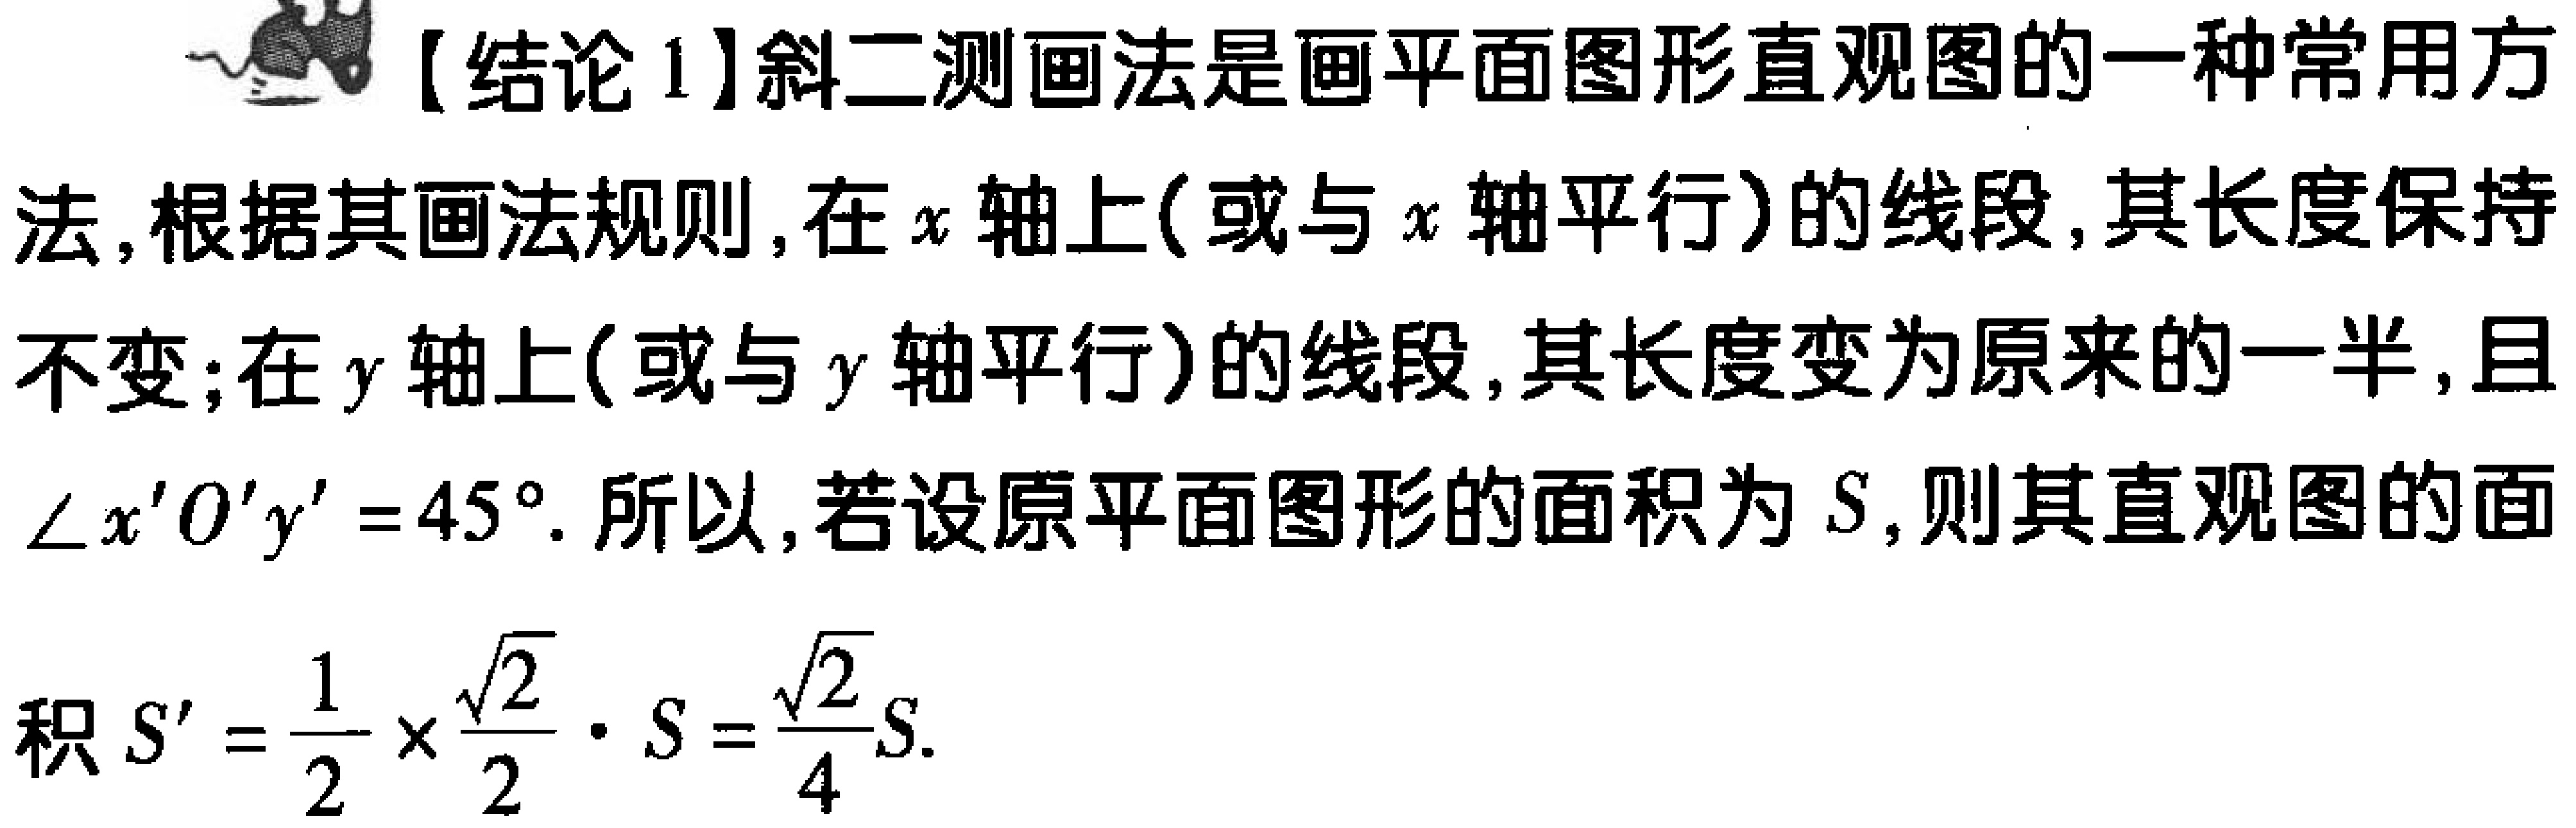
【结论1】斜二测画法是画平面图形直观图的一种常用方法,根据其画法规则,在\(x\)轴上(或与\(x\)轴平行)的线段,其长度保持不变;在\(y\)轴上(或与\(y\)轴平行)的线段,其长度变为原来的一半,且\(\angle x'O'y' = 45^{\circ}\). 所以,若设原平面图形的面积为\(S\),则其直观图的面积\(S'=\frac{1}{2}\times\frac{\sqrt{2}}{2}\cdot S=\frac{\sqrt{2}}{4}S\).